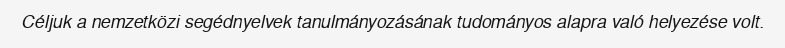
Céljuk a nemzetközi segédnyelvek tanulmányozásának tudományos alapra való helyezése volt.